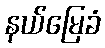
နယ်မြေခံ